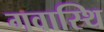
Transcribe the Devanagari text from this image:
गवास्थि